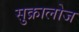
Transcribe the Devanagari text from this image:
सुक्रालोज